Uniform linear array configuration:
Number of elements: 16
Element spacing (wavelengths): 0.5
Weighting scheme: binomial
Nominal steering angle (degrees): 30
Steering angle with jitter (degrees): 31.892
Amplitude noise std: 0.05
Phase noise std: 0.05

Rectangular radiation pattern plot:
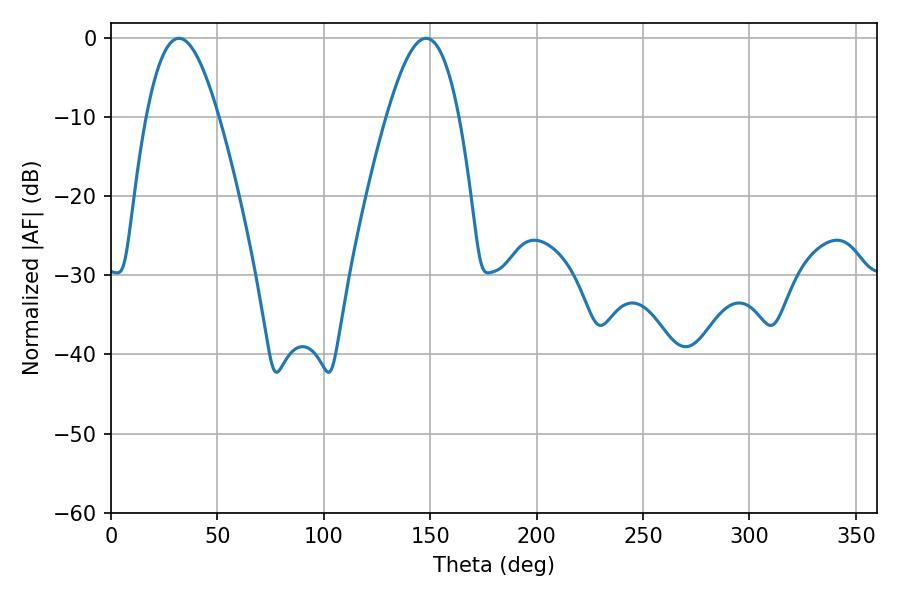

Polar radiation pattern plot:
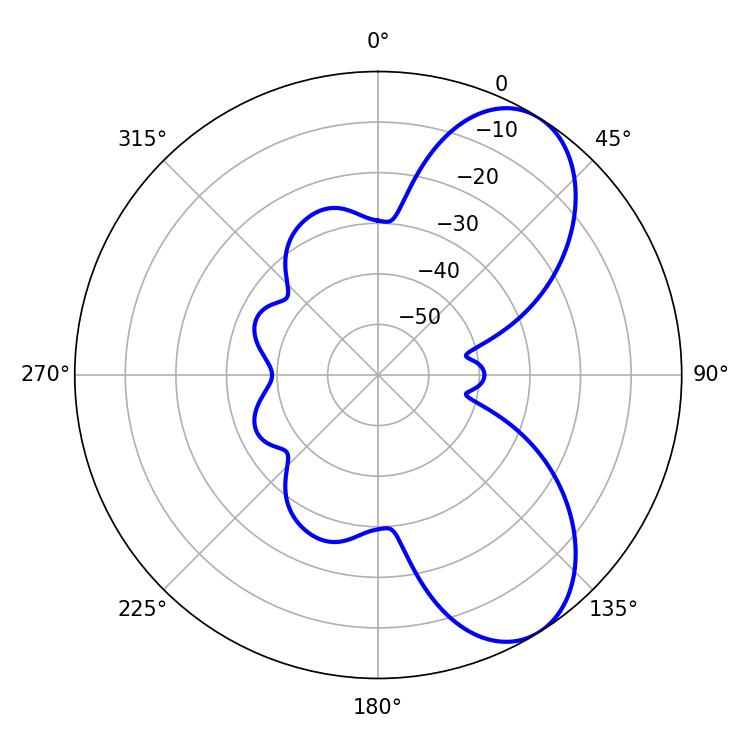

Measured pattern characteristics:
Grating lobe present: FALSE
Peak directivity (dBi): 7.272
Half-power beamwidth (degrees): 18.36
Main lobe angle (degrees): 31.86